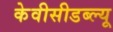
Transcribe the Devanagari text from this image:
केवीसीडब्ल्यू